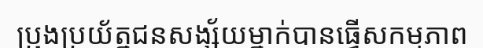
ប្រុងប្រយ័ត្នជនសង្ស័យម្នាក់បានធ្វើសកម្មភាព